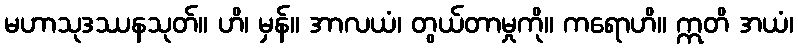
မဟာသုဒဿနသုတ်။ ဟိ၊ မှန်။ အာလယံ၊ တွယ်တာမှုကို။ ကရောဟိ။ ဣတိ အယံ၊